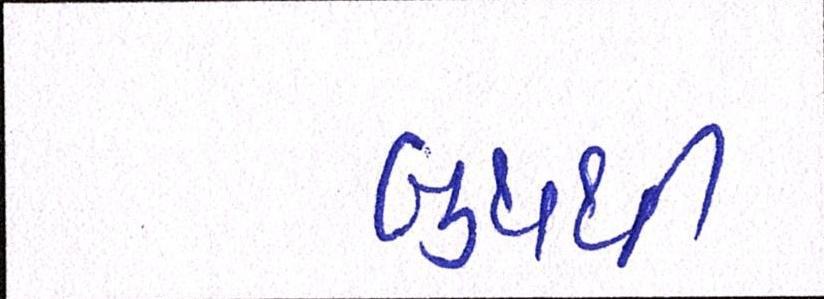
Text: બુથથી